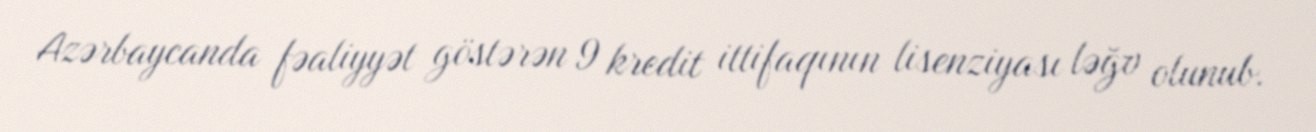
Azərbaycanda fəaliyyət göstərən 9 kredit ittifaqının lisenziyası ləğv olunub.